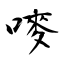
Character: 嘜